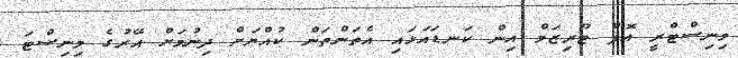
މިނިސްޓްރީ އޮފް ޓޫރިޒަމް އިން ކަނޑައަޅައި އެތަންތަން ކުއްޔަށް ދިނުމަށް އޭރުގެ މިނިސްޓަ